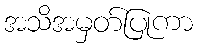
အသိအမှတ်ပြုကာ